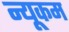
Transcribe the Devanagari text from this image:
न्यूकम